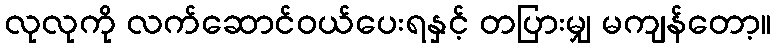
လုလုကို လက်ဆောင်ဝယ်ပေးရနှင့် တပြားမျှ မကျန်တော့။